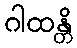
ဂါထန္တိ